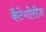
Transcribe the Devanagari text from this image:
कैटेगोरीज़